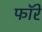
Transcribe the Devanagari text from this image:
फॉरे